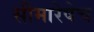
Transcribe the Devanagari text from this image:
सीमारेषेच